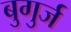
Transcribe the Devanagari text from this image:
बुगुर्ज